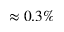
\approx 0 . 3 \%